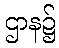
ဌာန၌